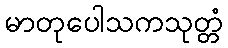
မာတုပေါသကသုတ္တံ